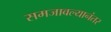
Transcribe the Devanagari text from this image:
समजावल्यानंतर